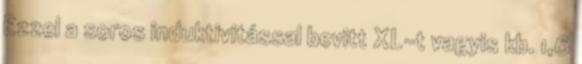
Ezzel a soros induktivitással bevitt XL-t vagyis kb. 1,6